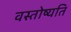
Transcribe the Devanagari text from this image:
वस्तोष्यति